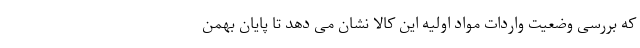
که بررسی وضعیت واردات مواد اولیه این کالا نشان می دهد تا پایان بهمن